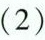
（2）